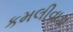
કમલીવાડા